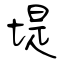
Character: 堤